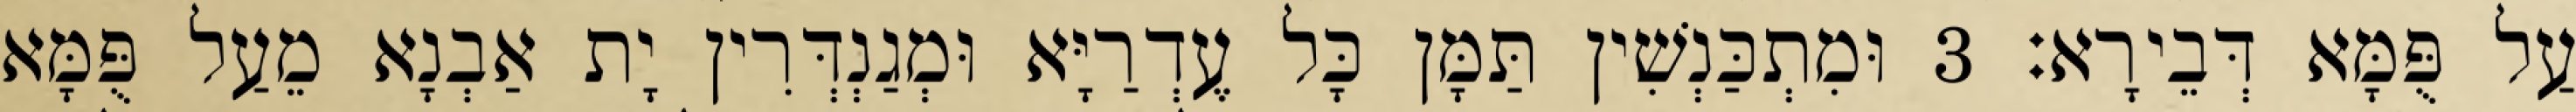
עַל פֻּמָּא דְּבֵירָא׃ 3 וּמִתְכַּנְשִׁין תַּמָּן כָּל עֶדְרַיָּא וּמְגַנְדְּרִין יָת אַבְנָא מֵעַל פֻּמָּא